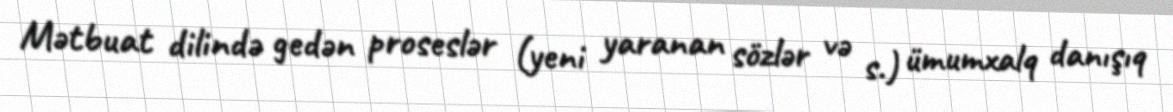
Mətbuat dilində gedən proseslər (yeni yaranan sözlər və s.) ümumxalq danışıq